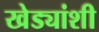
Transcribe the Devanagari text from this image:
खेड्यांशी